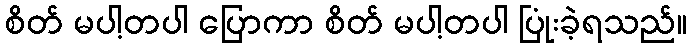
စိတ် မပါ့တပါ ပြောကာ စိတ် မပါ့တပါ ပြုံးခဲ့ရသည်။